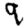
Digit: 9